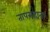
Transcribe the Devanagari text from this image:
तापसह्यता